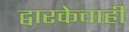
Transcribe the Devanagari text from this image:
द्वारकेचाही